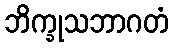
ဘိက္ခုသဘာဂတံ